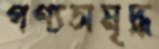
পণ্যসমৃদ্ধ